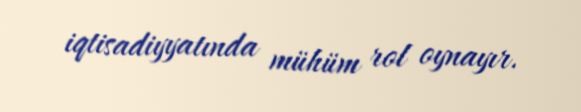
iqtisadiyyatında mühüm rol oynayır.